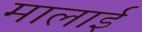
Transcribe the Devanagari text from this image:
मालाई